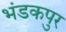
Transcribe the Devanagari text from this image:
भंडकपुर